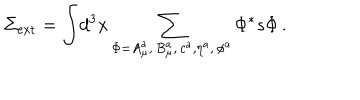
LaTeX: \Sigma _ { \mathrm { e x t } } = \displaystyle { \int } d ^ { 3 } x \sum _ { \Phi = A _ { \mu } ^ { a } , \, B _ { \mu } ^ { a } , \, c ^ { a } , \eta ^ { a } , \, \phi ^ { a } } \Phi ^ { * } s \Phi \, .